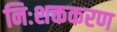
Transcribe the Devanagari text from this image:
निःशक्तकरण